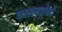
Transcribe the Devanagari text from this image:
कालमबोली